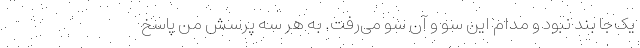
یک‌جا بند نبود و مدام این سو و آن سو می‌رفت. به هر سه پرسش من پاسخ